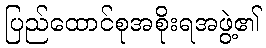
ပြည်ထောင်စုအစိုးရအဖွဲ့၏